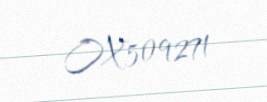
OX509271